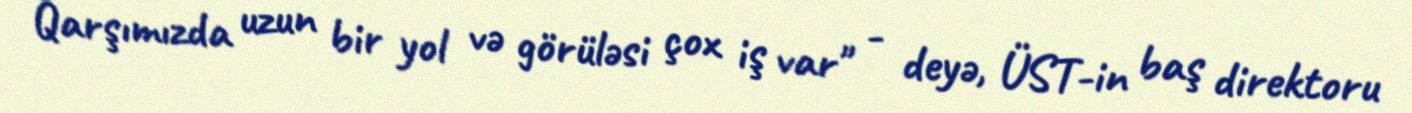
Qarşımızda uzun bir yol və görüləsi çox iş var" - deyə, ÜST-in baş direktoru